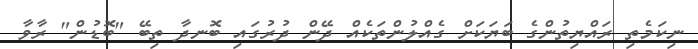
ނިކަމެތި ރައްޔިތުންގެ ބަޔަކަށް ގެއްލުންތަކެއް ދޭން ދުރުގައި ބޮނދާ ތިބޭ "ބޮޑުން" ރާވާ